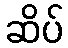
ဆိပ်